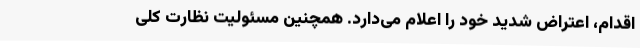
اقدام، اعتراض شدید خود را اعلام می‌دارد. همچنین مسئولیت نظارت کلی